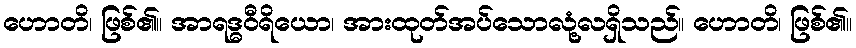
ဟောတိ၊ ဖြစ်၏။ အာရဒ္ဓဝီရိယော၊ အားထုတ်အပ်သောလုံ့လရှိသည်။ ဟောတိ၊ ဖြစ်၏။